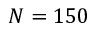
N = 1 5 0